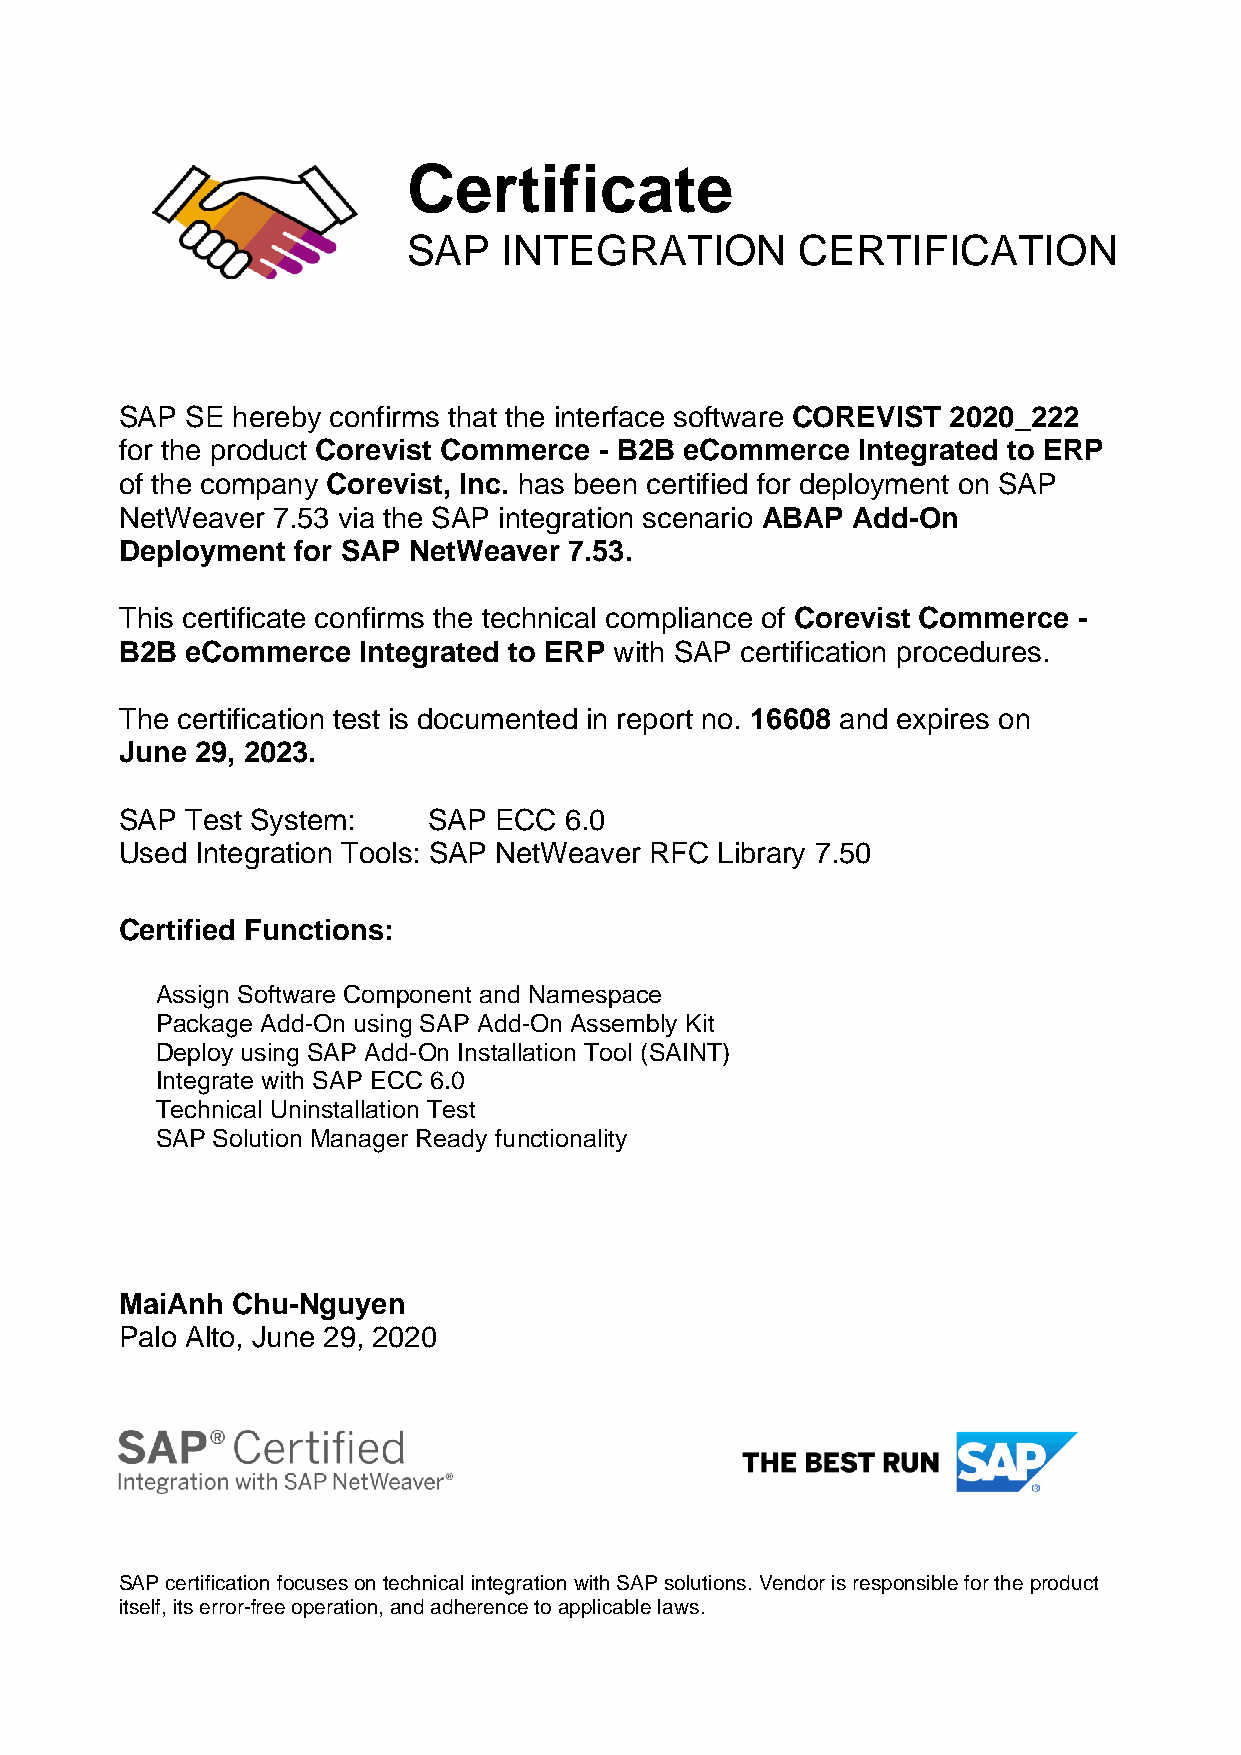
Certificate
 SAP   INTEGRATION         CERTIFICATION
 SAP SE hereby confirms that the interface software COREVIST 2020_222
 for the product Corevist Commerce - B2B eCommerce Integrated to ERP
 of the company Corevist, Inc. has been certified for deployment on SAP
 NetWeaver 7.53 via the SAP integration scenario ABAP Add-On
 Deployment for SAP NetWeaver  7.53.
 This certificate confirms the technical compliance of Corevist Commerce -
 B2B eCommerce   Integrated to ERP with SAP certification procedures.
 The certification test is documented in report no. 16608 and expires on
 June 29, 2023.
 SAP Test System:    SAP  ECC 6.0
 Used Integration Tools: SAP NetWeaver RFC Library 7.50
 Certified Functions:
 Assign Software Component and Namespace
 Package Add-On using SAP Add-On Assembly Kit
 Deploy using SAP Add-On Installation Tool (SAINT)
 Integrate with SAP ECC 6.0
 Technical Uninstallation Test
 SAP Solution Manager Ready functionality
 MaiAnh Chu-Nguyen
 Palo Alto, June 29, 2020
 SAP certification focuses on technical integration with SAP solutions. Vendor is responsible for the product
 itself, its error-free operation, and adherence to applicable laws.